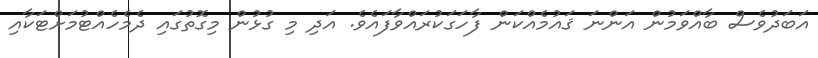
އަބަދުވެސް ބާއްވަމުން އަންނަ ޤައުމެއްކަން ފާހަގަކުރައްވާފައެވެ. އަދި މި ގުޅުން މިގޮތުގައި ދެމެހެއްޓުމަށްޓަކާއި